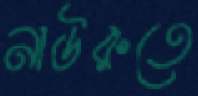
নাউরুতে